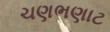
ચણભણાટ